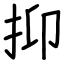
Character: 抑